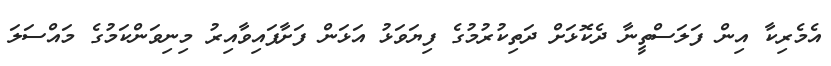
އެމެރިކާ އިން ފަލަސްތީނާ ދެކޮޅަށް ދަތިކުރުމުގެ ފިޔަވަޅު އަޅަން ފަށާފައިވާއިރު މިނިވަންކަމުގެ މައްސަލަ